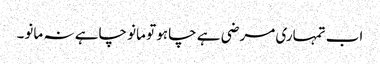
اب تمہاری مرضی ہے چاہو تو مانو چاہے نہ مانو۔